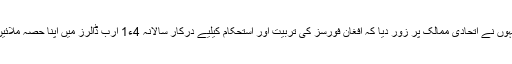
انہوں نے اتحادی ممالک پر زور دیا کہ افغان فورسز کی تربیت اور استحکام کیلیے درکار سالانہ 4ء1 ارب ڈالرز میں اپنا حصہ ملائیں۔